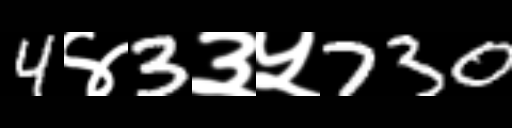
Text: 4४3३५730